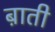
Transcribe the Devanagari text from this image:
ब़ाती